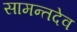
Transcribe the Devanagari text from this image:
सामन्तदेव